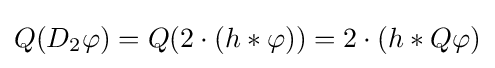
Q(D_{2}\varphi )=Q(2\cdot (h*\varphi ))=2\cdot (h*Q\varphi )